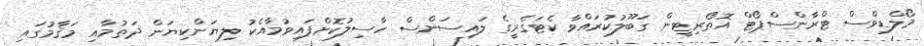
މޯލްޑިވްސް ޓްރާންސްޕޯޓް އޮތޯރިޓީން ގަބޫލުކުރައްވާ ކެޓަގެރީގެ ލައިސަންސް ހާސިލުކޮށްފައިވުމާއެކު ލިޔަންކިޔަން ދަތުމާއި މަޤާމުގައި